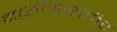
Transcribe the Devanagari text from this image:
मच्छीमारांचीर